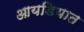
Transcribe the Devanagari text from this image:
आयडियात